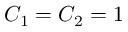
C _ { 1 } = C _ { 2 } = 1